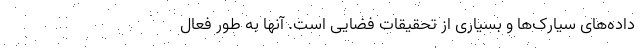
داده‌های سیارک‌ها و بسیاری از تحقیقات فضایی است. آنها به طور فعال